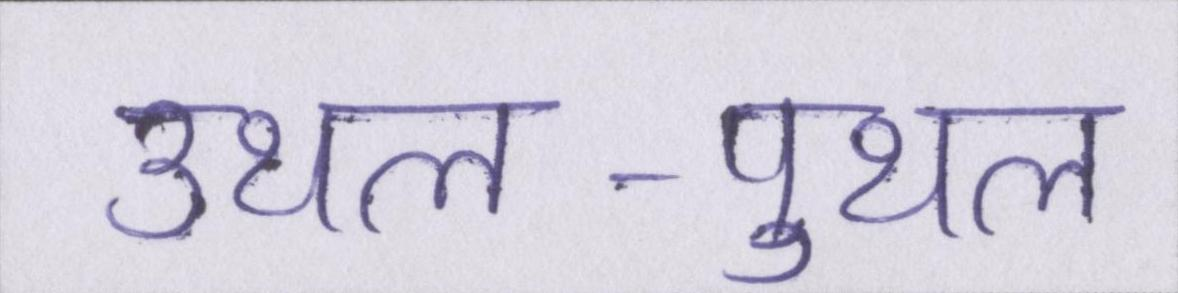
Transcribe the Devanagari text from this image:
उथल-पुथल